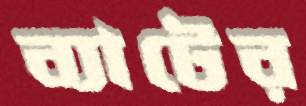
ব্যাটের